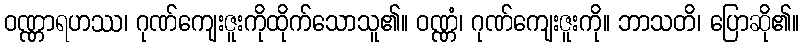
ဝဏ္ဏာရဟဿ၊ ဂုဏ်ကျေးဇူးကိုထိုက်သောသူ၏။ ဝဏ္ဏံ၊ ဂုဏ်ကျေးဇူးကို။ ဘာသတိ၊ ပြောဆို၏။